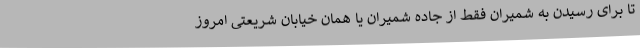
تا برای رسیدن به شمیران فقط از جاده شمیران یا همان خیابان شریعتی امروز